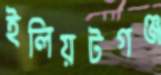
ইলিয়টগঞ্জ